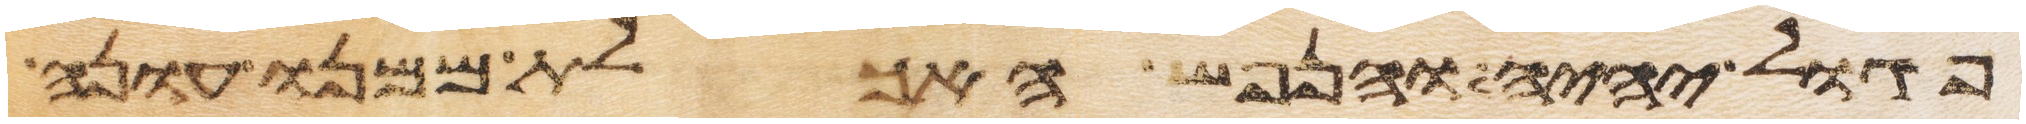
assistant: פגול יהיה והנפש האכלת ממנו עונה